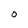
Character: O